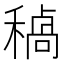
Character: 𮃥